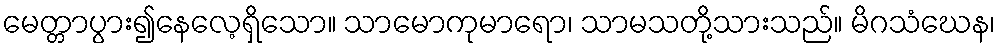
မေတ္တာပွား၍နေလေ့ရှိသော။ သာမောကုမာရော၊ သာမသတို့သားသည်။ မိဂသံဃေန၊